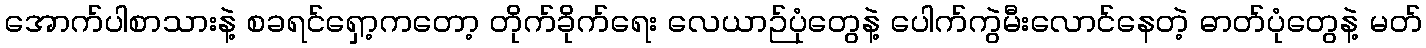
အောက်ပါစာသားနဲ့ စခရင်ရှော့ကတော့ တိုက်ခိုက်ရေး လေယာဉ်ပုံတွေနဲ့ ပေါက်ကွဲမီးလောင်နေတဲ့ ဓာတ်ပုံတွေနဲ့ မတ်